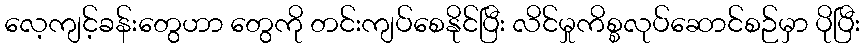
လေ့ကျင့်ခန်းတွေဟာ တွေကို တင်းကျပ်စေနိုင်ပြီး လိင်မှုကိစ္စလုပ်ဆောင်စဉ်မှာ ပိုပြီး